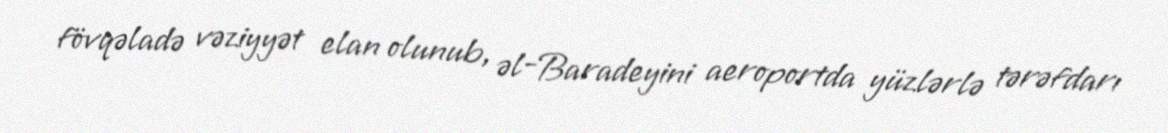
fövqəladə vəziyyət elan olunub, əl-Baradeyini aeroportda yüzlərlə tərəfdarı